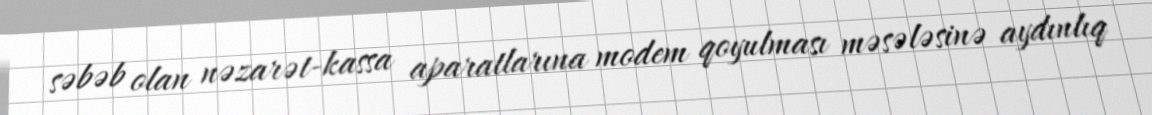
səbəb olan nəzarət-kassa aparatlarına modem qoyulması məsələsinə aydınlıq